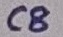
Text: C8